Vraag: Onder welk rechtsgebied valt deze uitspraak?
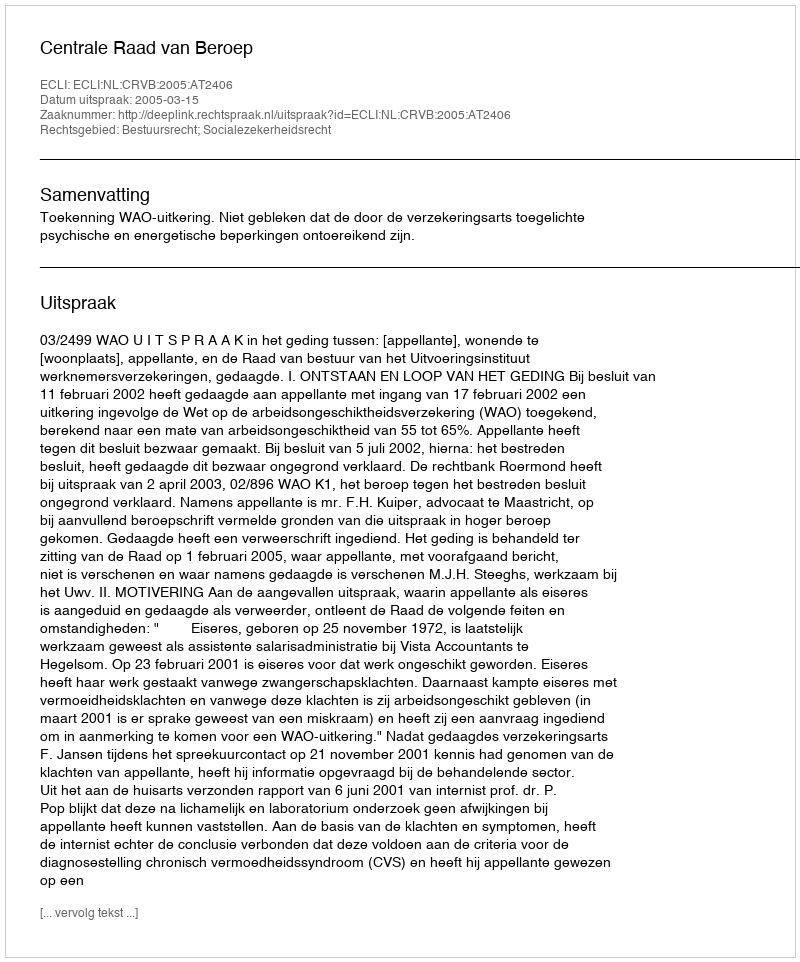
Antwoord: Bestuursrecht; Socialezekerheidsrecht